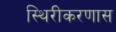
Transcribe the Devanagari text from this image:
स्थिरीकरणास